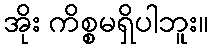
အိုး ကိစ္စမရှိပါဘူး။